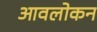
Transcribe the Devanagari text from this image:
आवलोकन